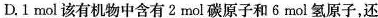
D.1mol该有机物中含有2mol碳原子和6mol氢原子，还